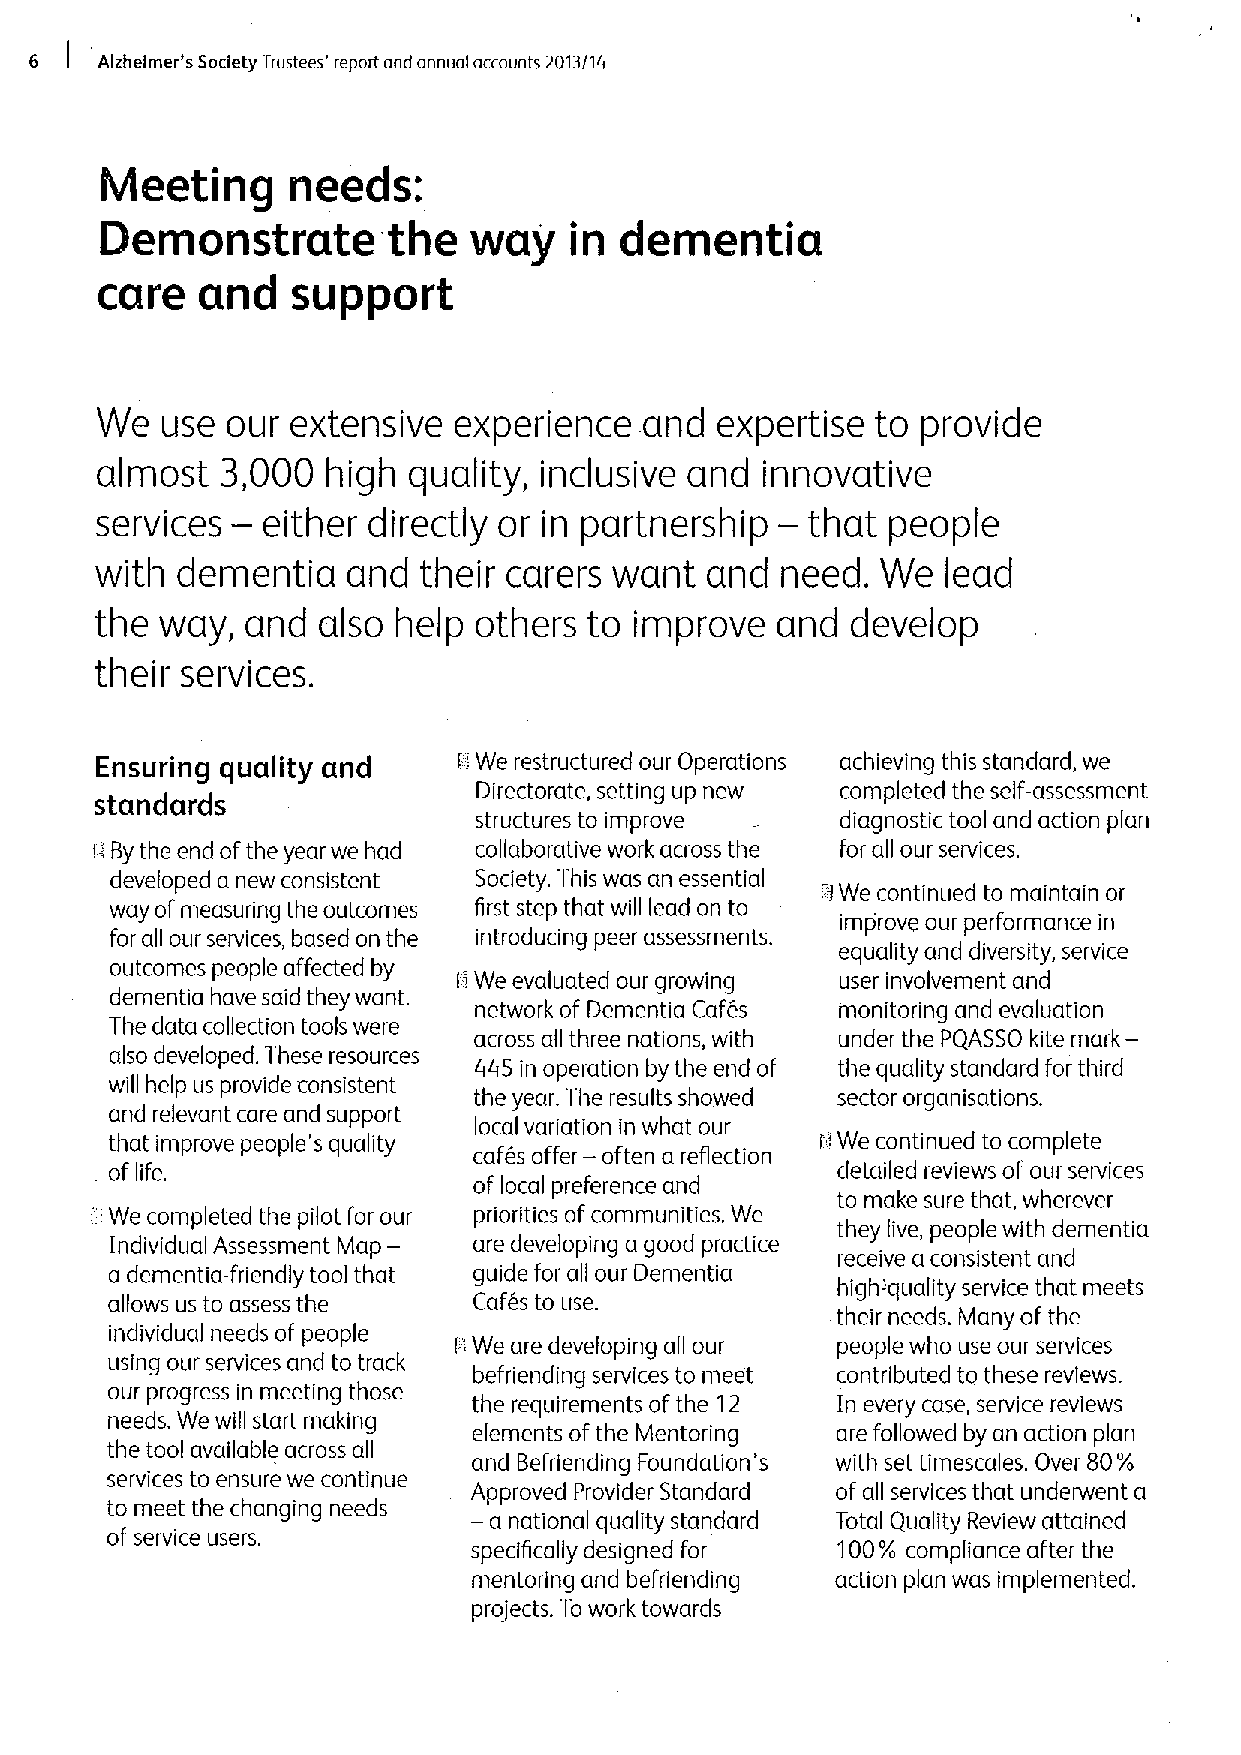
6 I Alzhelmer's Society Trustees' report and annual accounts 2013/14
 Meeting     needs:
 Demonstrate        the  way    in dementia
 care   and   support
 We   use our extensive  experience   and expertise  to provide
 almost   3,000  high quality, inclusive and innovative
 —                                   —
 services   either directly or in partnership   that  people
 with  dementia   and  their carers want  and  need. We   lead
 the  way, and  also help others  to improve  and  develop
 their services,
 Ensuring quality and    ii We restructured our Operations achieving this standard, we
 standards                 Directorate, setting up new completed the self-assessment
 structures to improve    diagnostic tool and action plan
 !IBythe end ofthe year we had collaborative work across the for all our services.
 developed a new consistent Society. This was an essential
 IIWe continued to maintain or
 way ofmeasuring the outcomes first step that will lead on to
 improve our performance in
 for all our services, based on the introducing peer assessments.
 equality and diversity, service
 outcomes people affected by
 I'.We evaluated our growing user involvement and
 dementia have said they want.
 network of Dementia Cafes monitoring and evaluation
 The data collection tools were
 across all three nations, with under the PQASSO kite mark-
 also developed. These resources
 44S in operation by the end of the quality standard for third
 will help us provide consistent
 the year. The results showed sector organisations.
 and relevant care and support
 local variation in what our
 that improve people's quality cafes offer — often a reflection itWe continued to complete
 of life.                                        detailed reviews of our services
 of local preference and
 to make sure that, wherever
 0We completed the pilot for our priorities ofcommunities. We
 they live, people with dementia
 Individual Assessment Map- are developing a good practice
 receive a consistent and
 a dementia-friendly tool that guide for all our Dementia
 high-'quality service that meets
 allows us to assess the Cafes to use.
 their needs. Many of the
 Individual needs of people
 I' We are developing all our people who use our services
 using our services and to track
 befriending services to meet contributed to these reviews.
 our progress in meeting those the requirements ofthe 12 In every case, service reviews
 needs. We will start making
 elements ofthe Mentoring are followed by an action plan
 the tool available across all and Befriending Foundation's with set timescales. Over 80%
 services to ensure we continue
 Approved Provider Standard of all services that underwent a
 to meet the changing needs —a
 national quality standard Total Quality Review attained
 of service users.
 specifically designed for 100% compliance after the
 mentoring and befriending action plan was implemented.
 projects. To work towards